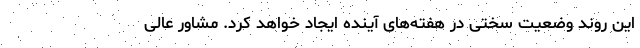
این روند وضعیت سختی در هفته‌های آینده ایجاد خواهد کرد. مشاور عالی